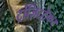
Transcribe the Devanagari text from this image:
ट्रांज़िटट्रैकर